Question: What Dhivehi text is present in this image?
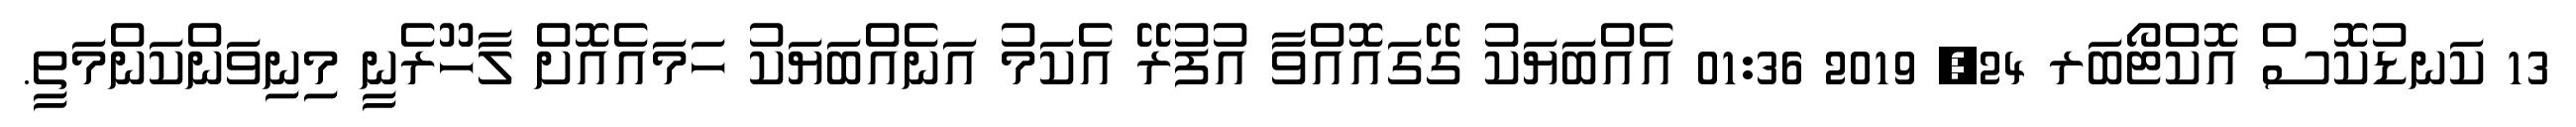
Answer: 13 ކަނޑުކޮސް އޮކްޓޯބަރ 24, 2019 01:36 އެއްބަޔަކު ގޭގައޮއްވާ އުފުރޭ އެކަމު އަނެއްބަޔަކު ހަމައެއޮށް ލާހޫރެނީ މިނިވަންކަންމަތީ.